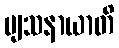
ဗျသနာယာတိ